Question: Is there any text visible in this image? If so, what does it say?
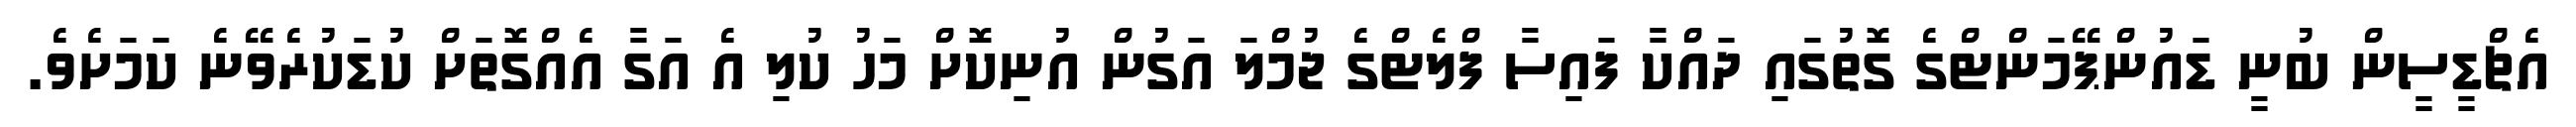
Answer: އެޗްޑީސީން ބުނީ ޑައުންޕޭމަންޓްގެ ގޮތުގައި ދައްކާ ފައިސާ ފްލެޓްގެ ޖުމްލަ އަގުން އުނިކޮށް މަހު ކުލި އެ އަގާ އެއްގޮތަށް ކުޑަކުރެވޭނެ ކަމަށެވެ.